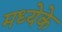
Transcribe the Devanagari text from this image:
मध्येके